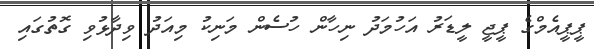
ޕީޕީއެމްގެ ޕީޖީ ލީޑަރު އަހުމަދު ނިހާން ހުސެން މަނިކު މިއަދު ވިދާޅުވި ގޮތުގައި